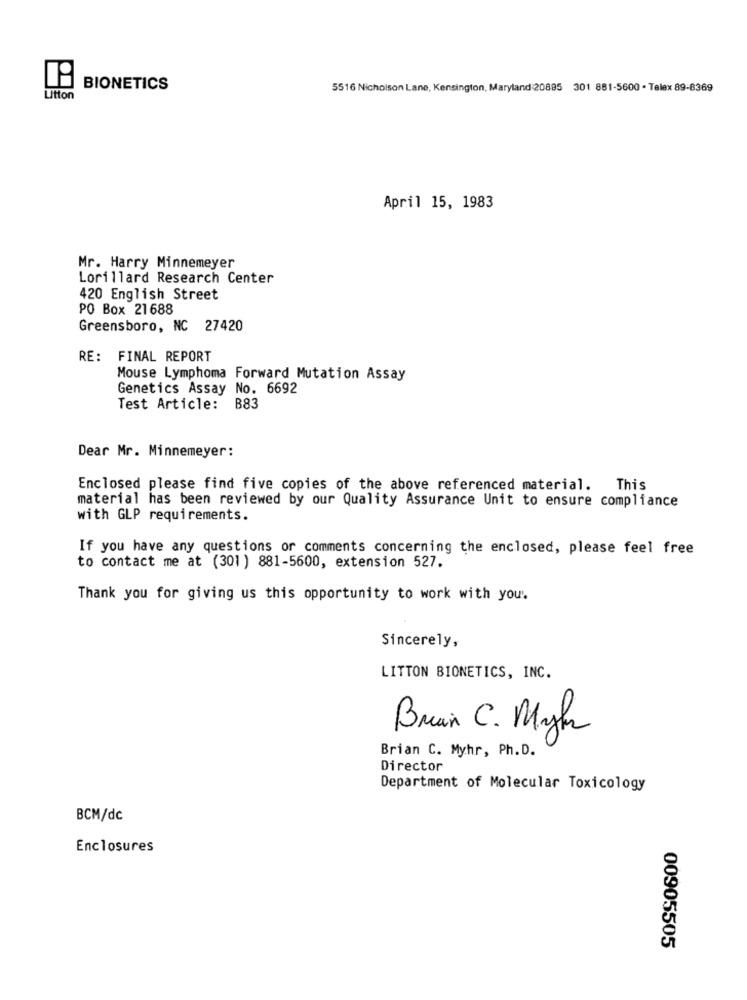
BIONETICS
5516 Nicholson Lane, Kensington, Maryland 20895 301 881-5600 . Telex 89-8369
Litton
April 15, 1983
Mr. Harry Minnemeyer
Lorillard Research Center
420 English Street
PO Box 21 688
Greensboro, NC 27420
RE: FINAL REPORT
Mouse Lymphoma Forward Mutation Assay
Genetics Assay No. 6692
Test Article:
B83
Dear Mr. Minnemeyer:
Enclosed please find five copies of the above referenced material. This
material has been reviewed by our Quality Assurance Unit to ensure compliance
with GLP requirements.
If you have any questions or comments concerning the enclosed, please feel free
to contact me at (301) 881-5600, extension 527.
Thank you for giving us this opportunity to work with you.
Sincerely,
LITTON BIONETICS, INC.
Brain C. Myhr
Brian C. Myhr, Ph. D.
Director
Department of Molecular Toxicology
BCM/dc
Enclosures
00905505